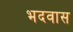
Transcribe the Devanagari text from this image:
भदवास